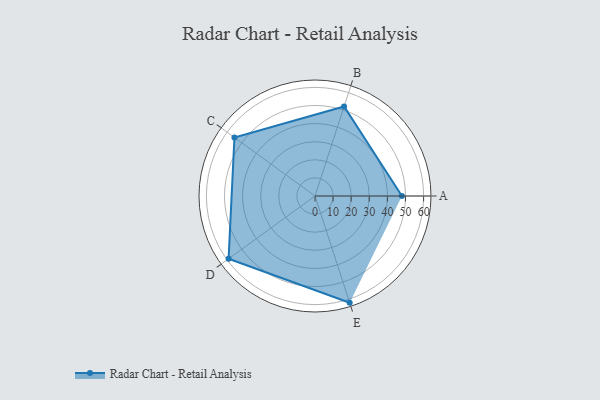
{"axis": {"x": "Skill", "y": "Score"}, "legend": ["Profile"], "data": [{"x": "A", "y": 48.0, "type": "Profile"}, {"x": "B", "y": 52.0, "type": "Profile"}, {"x": "C", "y": 55.0, "type": "Profile"}, {"x": "D", "y": 59.0, "type": "Profile"}, {"x": "E", "y": 62.0, "type": "Profile"}]}